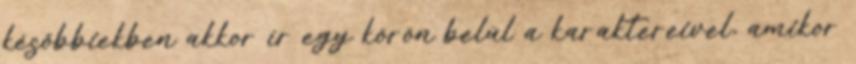
későbbiekben akkor ír egy körön belül a karaktereivel, amikor